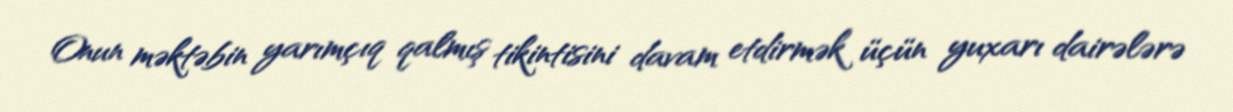
Onun məktəbin yarımçıq qalmış tikintisini davam etdirmək üçün yuxarı dairələrə